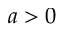
a > 0